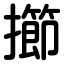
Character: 擳